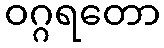
ဝဂ္ဂရတော